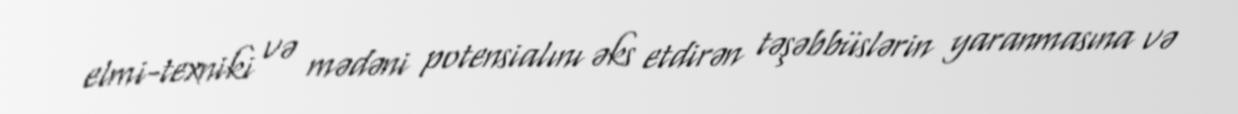
elmi-texniki və mədəni potensialını əks etdirən təşəbbüslərin yaranmasına və